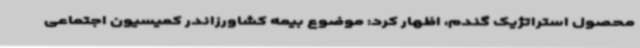
محصول استراتژیک گندم، اظهار کرد: موضوع بیمه کشاورزاندر کمیسیون اجتماعی